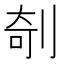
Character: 剞